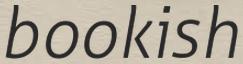
bookish